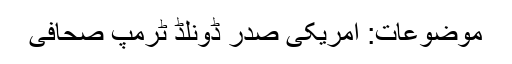
موضوعات: امریکی صدر ڈونلڈ ٹرمپ صحافی